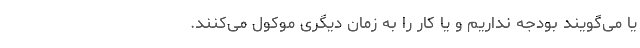
یا می‌گویند بودجه نداریم و یا کار را به زمان دیگری موکول می‌کنند.